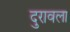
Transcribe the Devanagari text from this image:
दुरावला